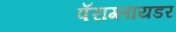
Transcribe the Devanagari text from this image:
पॅराग्लायडर